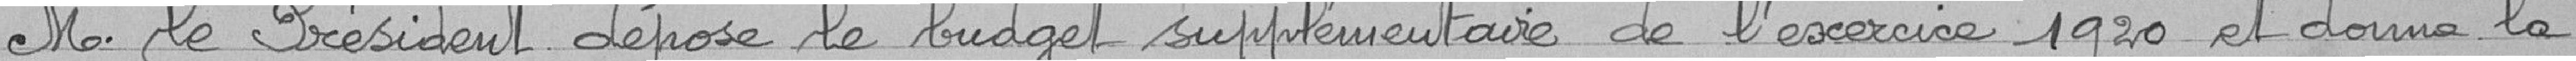
M. le Président dépose le budget supplémentaire de l'exercice 1920 et donne la